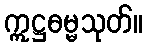
ဣဋ္ဌဓမ္မသုတ်။